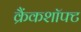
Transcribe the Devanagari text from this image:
क्रैंकशॉफ्ट